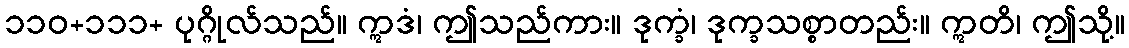
၁၁၀+၁၁၁+ ပုဂ္ဂိုလ်သည်။ ဣဒံ၊ ဤသည်ကား။ ဒုက္ခံ၊ ဒုက္ခသစ္စာတည်း။ ဣတိ၊ ဤသို့။